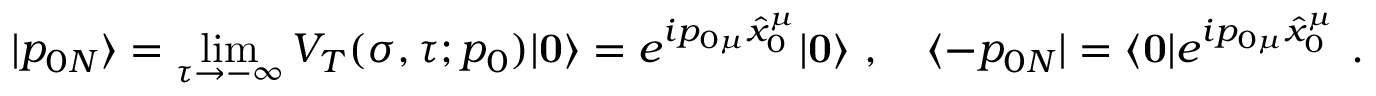
| p _ { 0 N } \rangle = \operatorname * { l i m } _ { \tau \rightarrow - \infty } V _ { T } ( \sigma , \tau ; p _ { 0 } ) | \mathbf { 0 } \rangle = e ^ { i p _ { 0 \mu } \hat { x } _ { 0 } ^ { \mu } } | \mathbf { 0 } \rangle ~ , \quad \langle - p _ { 0 N } | = \langle \mathbf { 0 } | e ^ { i p _ { 0 \mu } \hat { x } _ { 0 } ^ { \mu } } ~ .